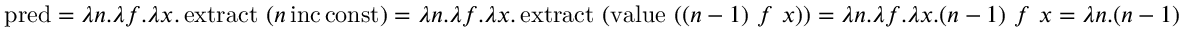
\operatorname { p r e d } = \lambda n . \lambda f . \lambda x . \operatorname { e x t r a c t } \ ( n \operatorname { i n c } \operatorname { c o n s t } ) = \lambda n . \lambda f . \lambda x . \operatorname { e x t r a c t } \ ( \operatorname { v a l u e } \ ( ( n - 1 ) \ f \ x ) ) = \lambda n . \lambda f . \lambda x . ( n - 1 ) \ f \ x = \lambda n . ( n - 1 )